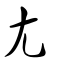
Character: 尢